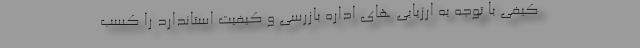
کیفی با توجه به ارزیابی های اداره بازرسی و کیفیت استاندارد را کسب